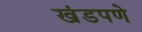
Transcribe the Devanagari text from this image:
खंडपणे